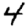
Digit: 4